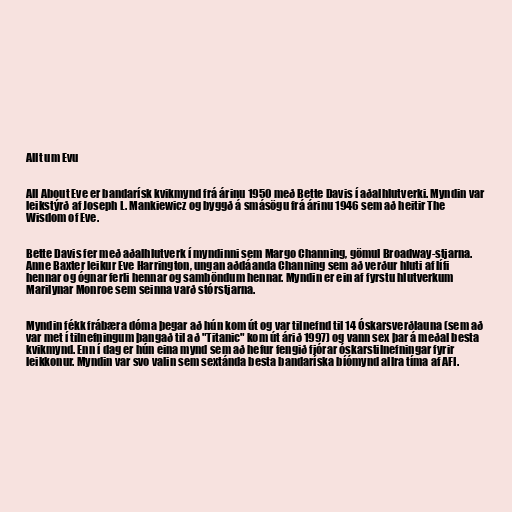
Allt um Evu

All About Eve er bandarísk kvikmynd frá árinu 1950 með Bette Davis í aðalhlutverki. Myndin var
leikstýrð af Joseph L. Mankiewicz og byggð á smásögu frá árinu 1946 sem að heitir The
Wisdom of Eve.

Bette Davis fer með aðalhlutverk í myndinni sem Margo Channing, gömul Broadway-stjarna.
Anne Baxter leikur Eve Harrington, ungan aðdáanda Channing sem að verður hluti af lífi
hennar og ógnar ferli hennar og samböndum hennar. Myndin er ein af fyrstu hlutverkum
Marilynar Monroe sem seinna varð stórstjarna.

Myndin fékk frábæra dóma þegar að hún kom út og var tilnefnd til 14 Óskarsverðlauna (sem að
var met í tilnefningum þangað til að "Titanic" kom út árið 1997) og vann sex þar á meðal besta
kvikmynd. Enn í dag er hún eina mynd sem að hefur fengið fjórar óskarstilnefningar fyrir
leikkonur. Myndin var svo valin sem sextánda besta bandaríska bíómynd allra tíma af AFI.